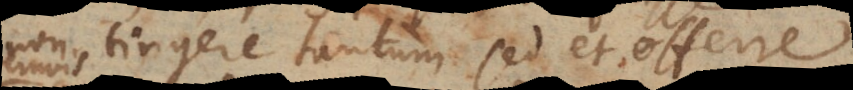
non tingere tantum sed et offerre